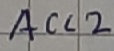
Text: ACC2